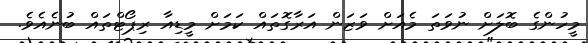
މީހުންގެ ބޮލަށް ނުވަތަ މެއަށް ވަޒަން އަރާގޮތައް ކަމަށް މީޑިއާ ރިޕޯޓްތައް ބުނެއެވެ.